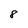
Character: 8